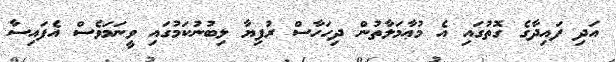
އަދި ފައިދާގެ ގޮތުގައި އެ މުޢާމަލާތުން ދިހަހާސް ރުފިޔާ ލިބުނުކަމުގައި ވީނަމަވެސް އެފައިސާ